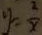
y = \frac { 2 } { x }